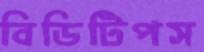
বিডিটিপস